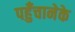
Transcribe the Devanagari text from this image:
पहुँचानेके